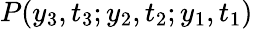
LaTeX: P(y_{3},t_{3};y_{2},t_{2};y_{1},t_{1})